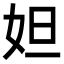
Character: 妲